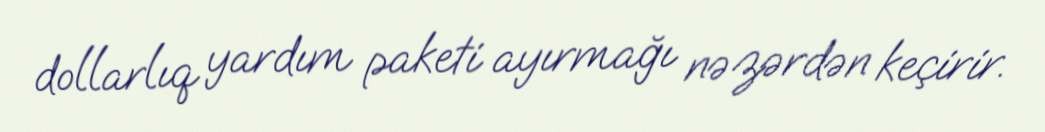
dollarlıq yardım paketi ayırmağı nəzərdən keçirir.